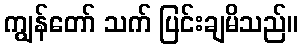
ကျွန်တော် သက် ပြင်းချမိသည်။